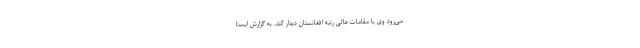
می‌رود وی با مقامات عالی رتبه افغانستان دیدار کند. به گزارش ایسنا